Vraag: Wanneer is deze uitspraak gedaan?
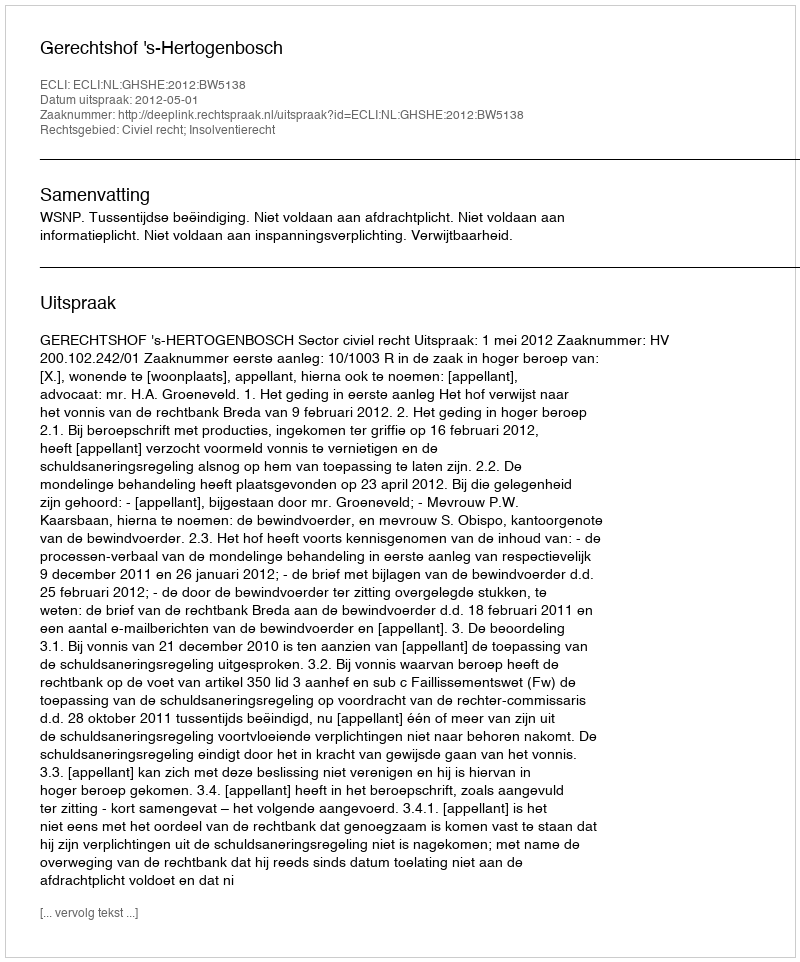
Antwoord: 2012-05-01